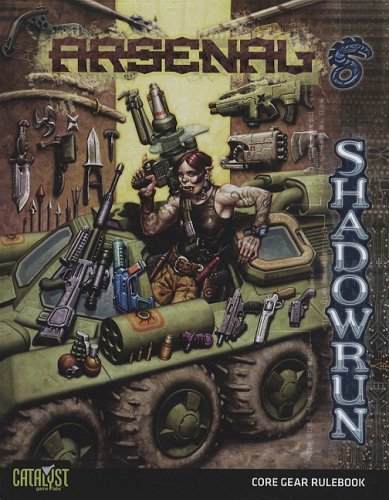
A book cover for Shadowrun Arsenal (Shadowrun (Catalyst Hardcover)); Catalyst Game Labs; Science Fiction & Fantasy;